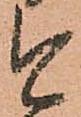
今